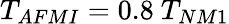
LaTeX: T_{AFMI}=0.8{\ }T_{NM1}